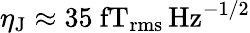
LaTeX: \eta_{\mathrm{J}}\approx 35~\mathrm{fT_{rms}\, Hz^{-1/2}}